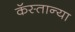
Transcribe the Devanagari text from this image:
कॅस्तान्या